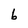
Character: b